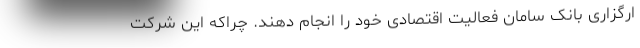
ارگزاری بانک سامان فعالیت اقتصادی خود را انجام دهند. چراکه این شرکت